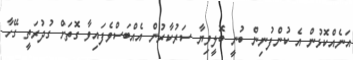
އަނެއްކޮޅުން އެ ކުންފުނިން ބުނީ ބޮލީވިޔާ ސަރުކާރުން އެއްބަސްވެފައިވާ ގޮތަށް ގުދުރަތީ ގޭހާ